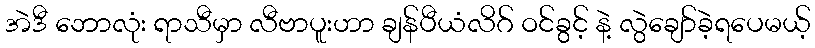
အဲဒီ ဘောလုံး ရာသီမှာ လီဗာပူးဟာ ချန်ပီယံလိဂ် ဝင်ခွင့် နဲ့ လွဲချော်ခဲ့ရပေမယ့်